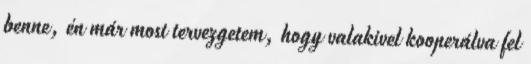
benne, én már most tervezgetem, hogy valakivel kooperálva fel